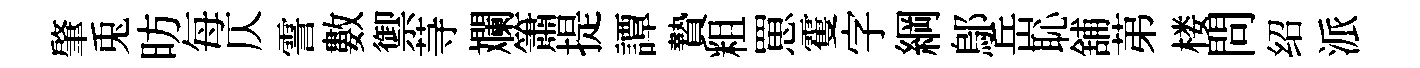
肇兎昉每仄霅數禦䒭斕簫提譚贄粗罳䨥字綱鄔岳恥舖苐楼問绍派